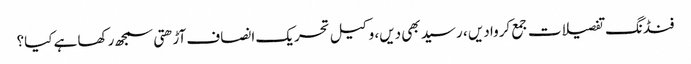
فنڈنگ تفصیلات جمع کروا دیں ، رسید بھی دیں، وکیل تحریک انصاف آڑھتی سمجھ رکھا ہے کیا؟